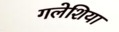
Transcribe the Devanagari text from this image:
गलेशिया